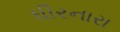
ધીરનારા